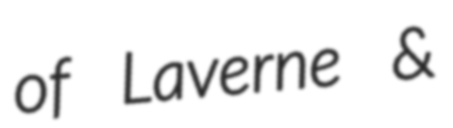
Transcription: of Laverne &